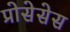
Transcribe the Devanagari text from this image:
प्रोसेसेस